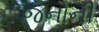
જનોની